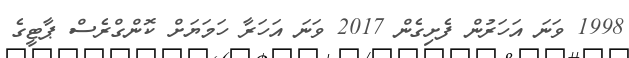
1998 ވަނަ އަހަރުން ފެށިގެން 2017 ވަނަ އަހަރާ ހަމަޔަށް ކޮންގްރެސް ޕާޓީގެ